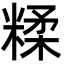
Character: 糅